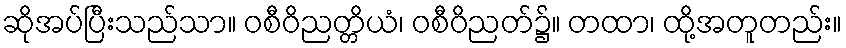
ဆိုအပ်ပြီးသည်သာ။ ဝစီဝိညတ္တိယံ၊ ဝစီဝိညတ်၌။ တထာ၊ ထို့အတူတည်း။